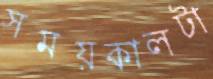
সময়কালটা